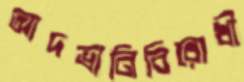
আদভানিবিরোধী